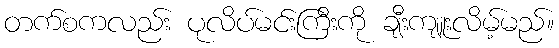
တက်စကလည်း ပုလိပ်မင်းကြီးကို ချီးကျူးလိမ့်မည်။